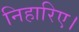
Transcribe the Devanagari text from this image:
निहारिए।